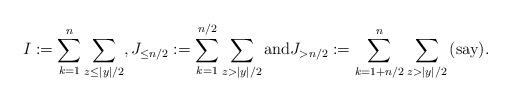
LaTeX: \begin{align*}I := \sum_{k=1}^n\sum_{z\leq |y|/2},J_{\leq n/2}:= \sum_{k=1}^{n/2}\sum_{z > |y|/2}\mbox{and}J_{>n/2} := \sum_{k=1+n/2}^n\sum_{z > |y|/2} \mbox{(say)}.\end{align*}